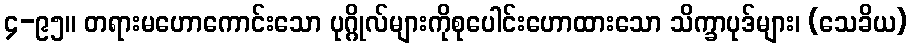
၄-၉၅။ တရားမဟောကောင်းသော ပုဂ္ဂိုလ်များကိုစုပေါင်းဟောထားသော သိက္ခာပုဒ်များ၊ (သေခိယ)